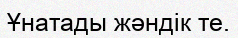
Ұнатады жәндік те.